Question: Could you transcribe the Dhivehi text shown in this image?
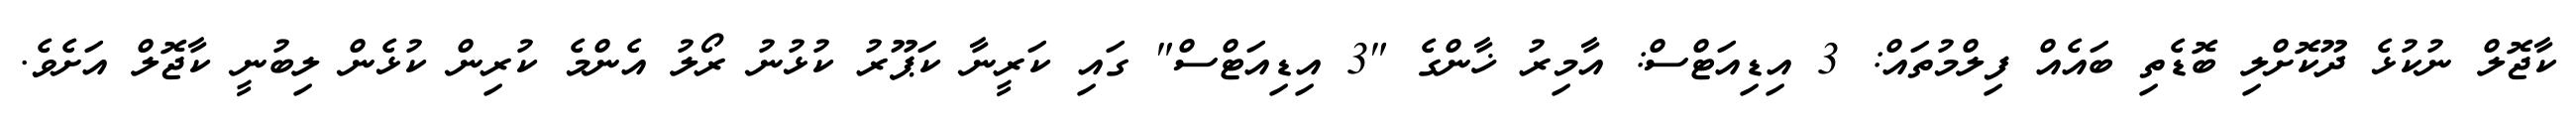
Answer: ކާޖޮލް ނުކުޅެ ދޫކޮށްލި ބޮޑެތި ބައެއް ފިލްމުތައް: 3 އިޑިއަޓްސް: އާމިރު ޚާންގެ "3 އިޑިއަޓްސް" ގައި ކަރީނާ ކަޕޫރު ކުޅުނު ރޯލު އެންމެ ކުރިން ކުޅެން ލިބުނީ ކާޖޮލް އަށެވެ.